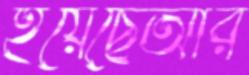
হয়েছেআর